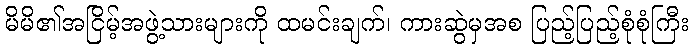
မိမိ၏အငြိမ့်အဖွဲ့သားများကို ထမင်းချက်၊ ကားဆွဲမှအစ ပြည့်ပြည့်စုံစုံကြီး